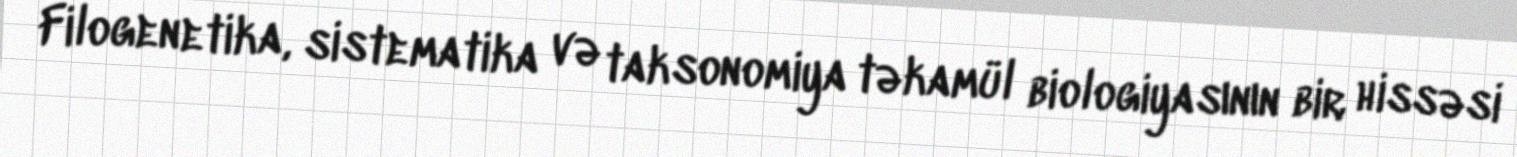
Filogenetika, sistematika və taksonomiya təkamül biologiyasının bir hissəsi